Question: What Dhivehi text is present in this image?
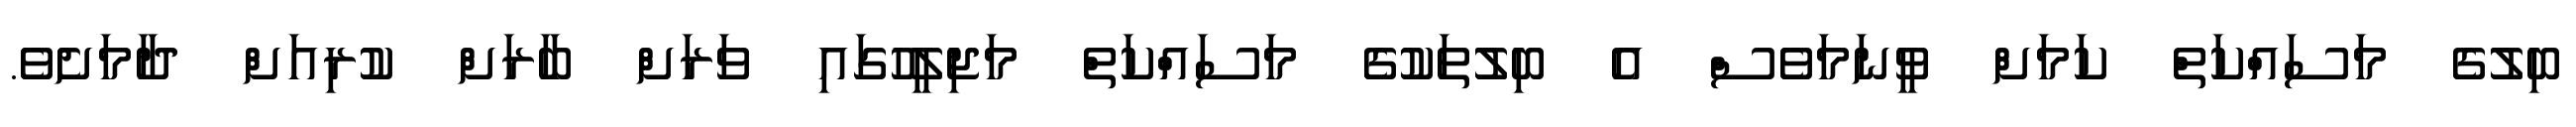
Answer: ބިލުގެ މަސައްކަތް ކަމަށް ވީނަމަވެސް އެ ބިލުތަކުގެ މަސައްކަތް މަޖިލީހުގައި ވަރަށް ބާރަށް ކުރިއަށް ދާމަށެވެ.